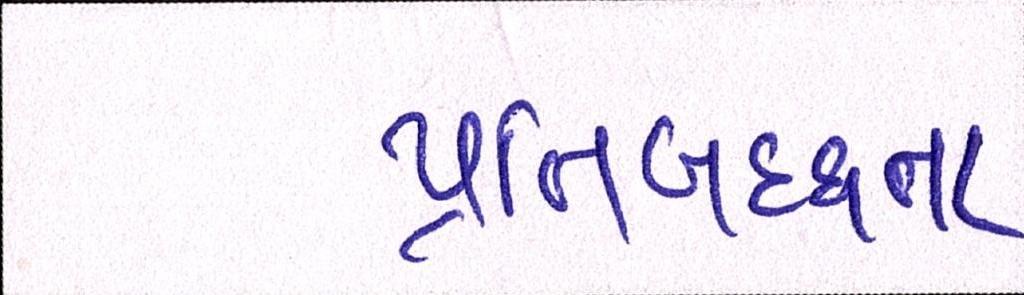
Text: પ્રતિબદ્ધતા